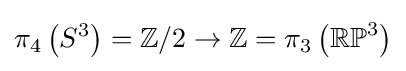
\pi _{4}\left(S^{3}\right)=\mathbb {Z} /2\to \mathbb {Z} =\pi _{3}\left(\mathbb {RP} ^{3}\right)